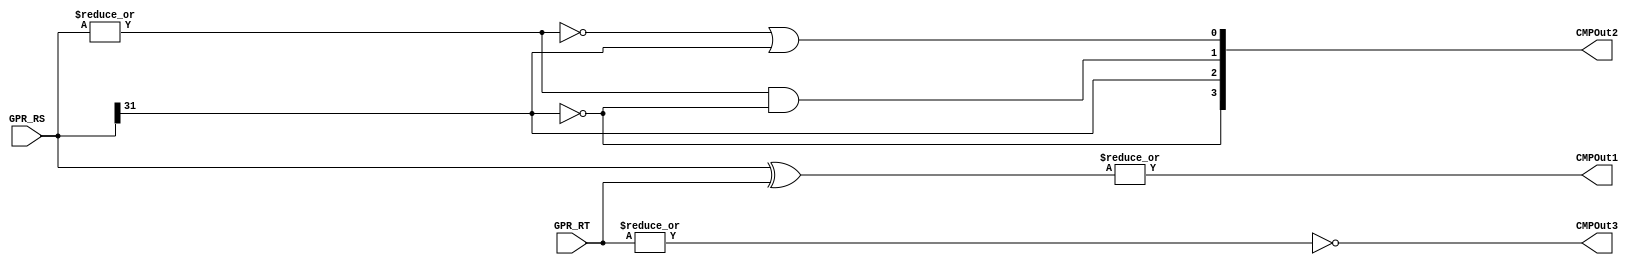
module cmp(
	GPR_RS,
	GPR_RT,
	
	CMPOut1,
	CMPOut2,
	CMPOut3
);
	input[31:0] GPR_RS, GPR_RT;

	output CMPOut1;
	output[3:0] CMPOut2;
	output CMPOut3;

	// always@(GPR_RS, GPR_RT)
	// 	if(|(GPR_RS ^ GPR_RT))
	// 		CMPOut1 = 1'b1;		//unequal
	// 	else
	// 		CMPOut1 = 1'b0;		//equal

	// always@(GPR_RS)
	// 	if(~( |GPR_RS))		//zero
	// 		CMPOut2 = 2'b00;
	// 	else if(GPR_RS[31])
	// 		CMPOut2 = 2'b10;	//negative
	// 	else
	// 		CMPOut2 = 2'b01;	//positive

	assign CMPOut1 = |(GPR_RS ^ GPR_RT);

	assign CMPOut2[3] = ~GPR_RS[31]; 				// >=0
	assign CMPOut2[2] = GPR_RS[31];  				// <0
	assign CMPOut2[1] = (|GPR_RS) & ~GPR_RS[31];	// >0
	assign CMPOut2[0] = ~(|GPR_RS) | GPR_RS[31];	// <=0

	assign CMPOut3 = ~( |GPR_RT);

endmodule